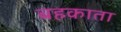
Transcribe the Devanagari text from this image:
बहकाता